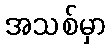
အသစ်မှာ